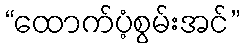
“ထောက်ပံ့စွမ်းအင်”